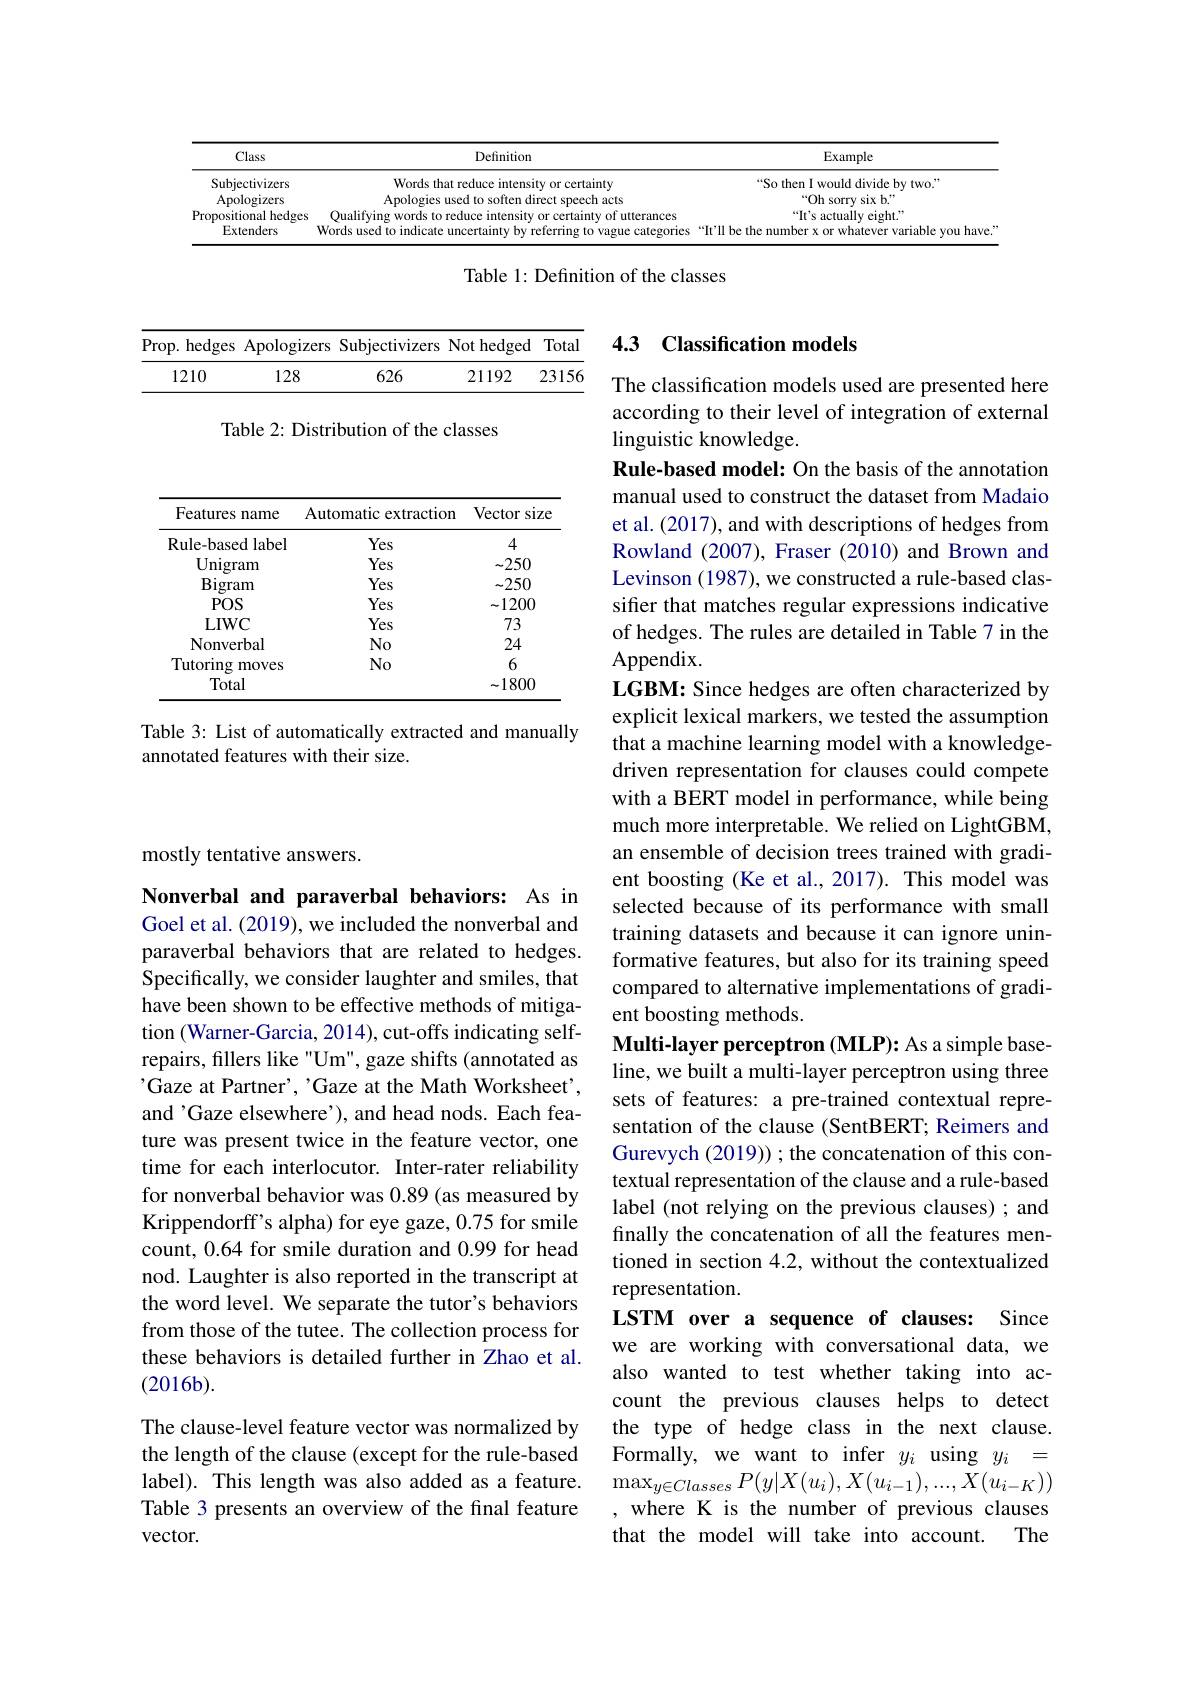
<table>
	<tbody>
		<tr>
			<th>Class</th>
			<th>Definition</th>
			<th>Example</th>
		</tr>
		<tr>
			<td>Subjectivizers</td>
			<td>Words that or certainty</td>
			<td>So then I would divide by two."</td>
		</tr>
		<tr>
			<td>Apologizers</td>
			<td>1direct sneech acts</td>
			<td>$“Oh$ $\sin xh^{m}$ 1 SOrrv</td>
		</tr>
		<tr>
			<td>Propositional hedges</td>
			<td>T rances</td>
			<td>$\mathrm{obt}^{77}$</td>
		</tr>
		<tr>
			<td>Extenders</td>
			<td>Words used to n 1111</td>
			<td> </td>
		</tr>
	</tbody>
</table>

Table 1: Definition of the classes

## 4.3 Classification models

<table>
	<tbody>
		<tr>
			<td>1210</td>
			<td>128</td>
			<td>626</td>
			<td>21192</td>
			<td>$2315\epsilon$</td>
		</tr>
	</tbody>
</table>

Table 2: Distribution of the classes

<table>
	<tbody>
		<tr>
			<th>Features name</th>
			<th>Automatic extraction</th>
			<th>Vector size</th>
		</tr>
		<tr>
			<td>Rule- based label</td>
			<td>Yes</td>
			<td>4</td>
		</tr>
		<tr>
			<td>Unigram</td>
			<td>Yes</td>
			<td>-250</td>
		</tr>
		<tr>
			<td>$\operatorname{Bigram}$</td>
			<td>Yes</td>
			<td>-250</td>
		</tr>
		<tr>
			<td>$POS$</td>
			<td>Yes</td>
			<td>$\sim1200$</td>
		</tr>
		<tr>
			<td>LIWC</td>
			<td>Yes</td>
			<td>73</td>
		</tr>
		<tr>
			<td>Nonverbal</td>
			<td>$No$</td>
			<td>24</td>
		</tr>
		<tr>
			<td>Tutoring moves</td>
			<td>$No$</td>
			<td>6</td>
		</tr>
		<tr>
			<td>Total</td>
			<td> </td>
			<td>$\sim1800$</td>
		</tr>
	</tbody>
</table>

Table 3: List of automatically extracted and manually
annotated features with their size.

mostly tentative answers.

The classification models used are presented here according to their level of integration of external linguistic knowledge.
Rule-based model: On the basis of the annotation manual used to construct the dataset from Madaio et al. (2017), and with descriptions of hedges from Rowland (2007), Fraser (2010) and Brown and Levinson (1987), we constructed a rule-based classifier that matches regular expressions indicative of hedges. The rules are detailed in Table 7 in the Appendix.
LGBM: Since hedges are often characterized by explicit lexical markers, we tested the assumption that a machine learning model with a knowledgedriven representation for clauses could compete with a BERT model in performance, while being much more interpretable. We relied on LightGBM, an ensemble of decision trees trained with gradient boosting (Ke et al., 2017). This model was selected because of its performance with small training datasets and because it can ignore uninformative features, but also for its training speed compared to alternative implementations of gradient boosting methods.
Multi-layer perceptron (MLP): As a simple baseline, we built a multi-layer perceptron using three sets of features: a pre-trained contextual representation of the clause (SentBERT; Reimers and Gurevych (2019)) ; the concatenation of this contextual representation of the clause and a rule-based label (not relying on the previous clauses) ; and finally the concatenation of all the features mentioned in section 4.2, without the contextualized representation.
LSTM over a sequence of clauses: Since we are working with conversational data, we also wanted to test whether taking into account the previous clauses helps to detect the type of hedge class in the next clause Formally, we want to infer $y_i$ using $y_i=$ $\max_{y\in Classes}P(y|X(u_i),X(u_{i-1}),...,X(u_{i-K}))$ , where K is the number of previous clauses
The
that the model will take into account.

Nonverbal and paraverbal behaviors: As in Goel et al. (2019), we included the nonverbal and paraverbal behaviors that are related to hedges. Specifically, we consider laughter and smiles, that have been shown to be effective methods of mitigation (Warner-Garcia, 2014), cut-offs indicating selfrepairs, fillers like "Um", gaze shifts (annotated as 'Gaze at Partner', "Gaze at the Math Worksheet', and'Gaze elsewhere'), and head nods. Each feature was present twice in the feature vector, one time for each interlocutor. Inter-rater reliability for nonverbal behavior was 0.89 (as measured by Krippendorff's alpha) for eye gaze, 0.75 for smile count, 0.64 for smile duration and 0.99 for head nod. Laughter is also reported in the transcript at the word level. We separate the tutor's behaviors from those of the tutee. The collection process for these behaviors is detailed further in Zhao et al. $(2016b).$

The clause-level feature vector was normalized by the length of the clause (except for the rule-based label). This length was also added as a feature. Table 3 presents an overview of the final feature vector.